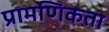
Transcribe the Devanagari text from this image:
प्रामणिकता